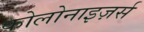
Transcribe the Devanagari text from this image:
कोलोनाइज़र्स